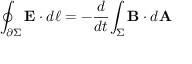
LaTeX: \oint _ { \partial \Sigma } \mathbf { E } \cdot d { \boldsymbol { \ell } } = - { \frac { d } { d t } } { \int _ { \Sigma } \mathbf { B } \cdot d \mathbf { A } }